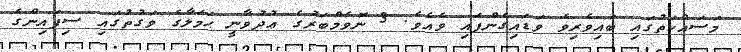
މަސައްކަތުގައި ބައިވެރިވެ ވަޑައިގެންފައި ވެއެވެ. 3 ނޮވެމްބަރުގެ ޢުދުވާނީ ޙަމަލާގެ ވަގުތުގައި ސިފައިންގެ